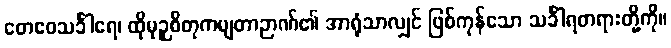
တေဧဝသင်္ခါရေ၊ ထိုမုဉှစိတုကမျတာဉာဏ်၏ အာရုံသာလျှင် ဖြစ်ကုန်သော သင်္ခါရတရားတို့ကို။